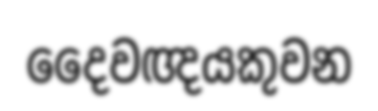
දෛවඥයකුවන